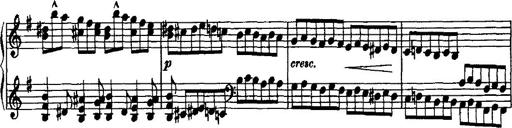
Title: Rondo di bravura
Composer: Franz Liszt